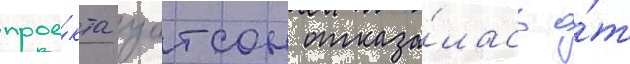
прое́кта уотсон отказа́лась о́т